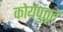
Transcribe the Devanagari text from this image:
कोर्यपुत्तूर